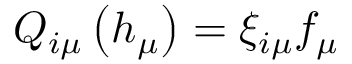
Q _ { i \mu } \left( h _ { \mu } \right) = \xi _ { i \mu } f _ { \mu }